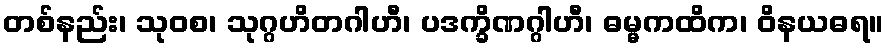
တစ်နည်း၊ သုဝစ၊ သုဂ္ဂဟိတဂါဟီ၊ ပဒက္ခိဏဂ္ဂါဟီ၊ ဓမ္မကထိက၊ ဝိနယဓရ။